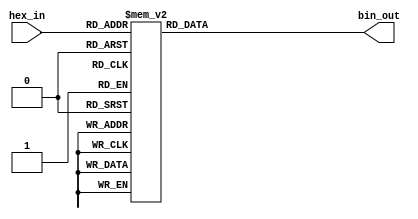
module hex_to_bin_encoder (
    input  wire [3:0] hex_in,  // 4-bit input representing a hexadecimal digit
    output reg  [3:0] bin_out   // 4-bit output representing the binary equivalent
);

// Combinational logic to encode hexadecimal to binary
always @(*) begin
    case (hex_in)
        4'b0000: bin_out = 4'b0000; // 0
        4'b0001: bin_out = 4'b0001; // 1
        4'b0010: bin_out = 4'b0010; // 2
        4'b0011: bin_out = 4'b0011; // 3
        4'b0100: bin_out = 4'b0100; // 4
        4'b0101: bin_out = 4'b0101; // 5
        4'b0110: bin_out = 4'b0110; // 6
        4'b0111: bin_out = 4'b0111; // 7
        4'b1000: bin_out = 4'b1000; // 8
        4'b1001: bin_out = 4'b1001; // 9
        4'b1010: bin_out = 4'b1010; // A (10)
        4'b1011: bin_out = 4'b1011; // B (11)
        4'b1100: bin_out = 4'b1100; // C (12)
        4'b1101: bin_out = 4'b1101; // D (13)
        4'b1110: bin_out = 4'b1110; // E (14)
        4'b1111: bin_out = 4'b1111; // F (15)
        default: bin_out = 4'b0000; // Default case for invalid input
    endcase
end

endmodule